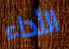
الأداء